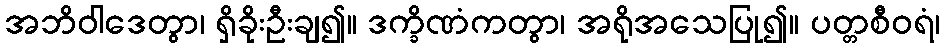
အဘိဝါဒေတွာ၊ ရှိခိုးဦးချ၍။ ဒက္ခိဏံကတွာ၊ အရိုအသေပြု၍။ ပတ္တစီဝရံ၊